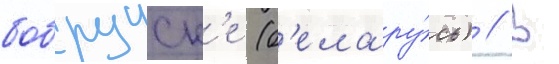
бобруиск'е (б'елару́сь) // В